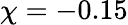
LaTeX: \chi=-0.15